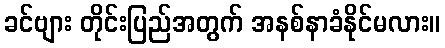
ခင်ဗျား တိုင်းပြည်အတွက် အနစ်နာခံနိုင်မလား။